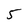
Character: 5